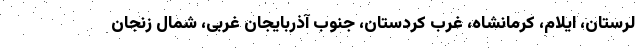
لرستان، ایلام، ‌کرمانشاه، غرب کردستان، جنوب آذربایجان غربی، شمال زنجان